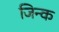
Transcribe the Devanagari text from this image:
जिन्क